Report on the Nagpur School of Medicine, Central Provinces
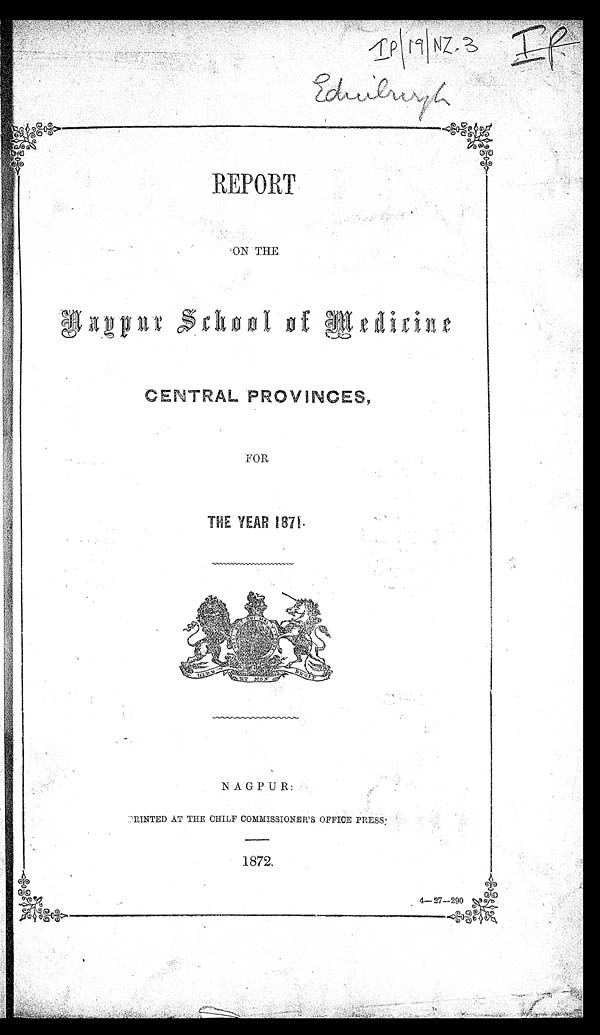
I P | 1 9 | N Z . 3
E d i n b u r g h
REPORT
ON THE
Nagpur School of Medicine
CENTRAL PROVINCES,
FOR
THE YEAR 1871.
NAGPUR:
PRINTED AT THE CHIEF COMMISSIONER' S OFFICE PRESS:
1872 1-27-290